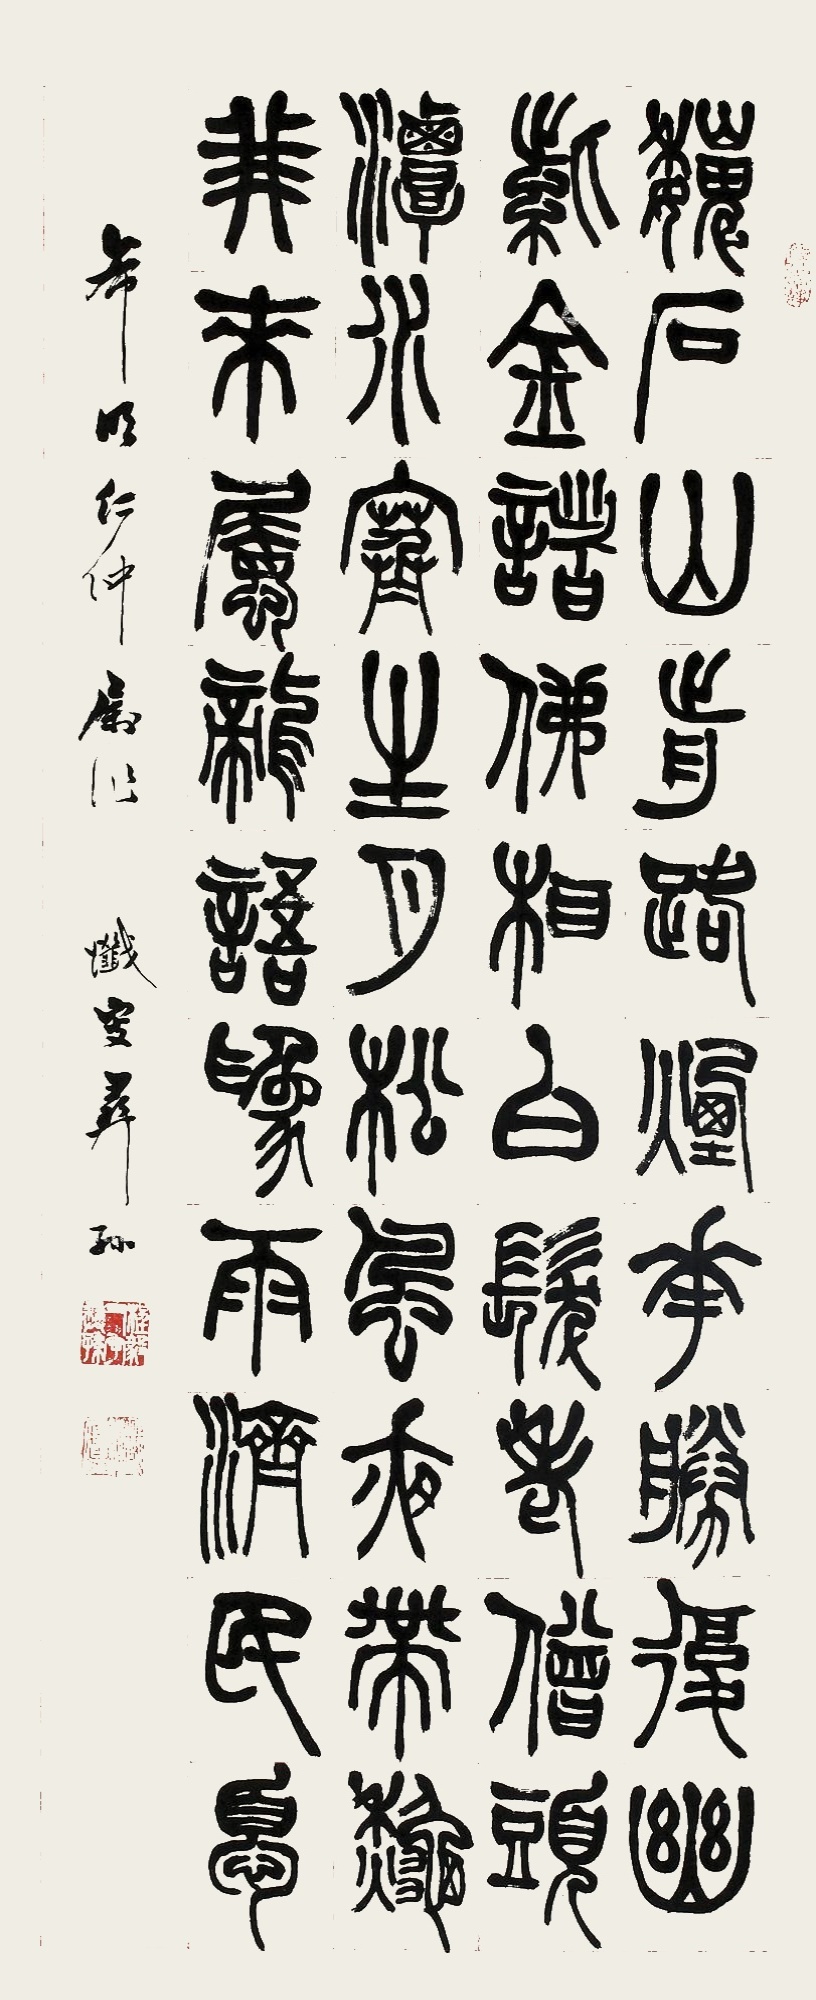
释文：巍石山前寺，林泉胜复幽。紫金诸佛相，白雪老僧头。潭水寒生月，松风夜带秋。我来瞩龙语，为雨济民忧。希明仁仲属作，忏叟彝孙。